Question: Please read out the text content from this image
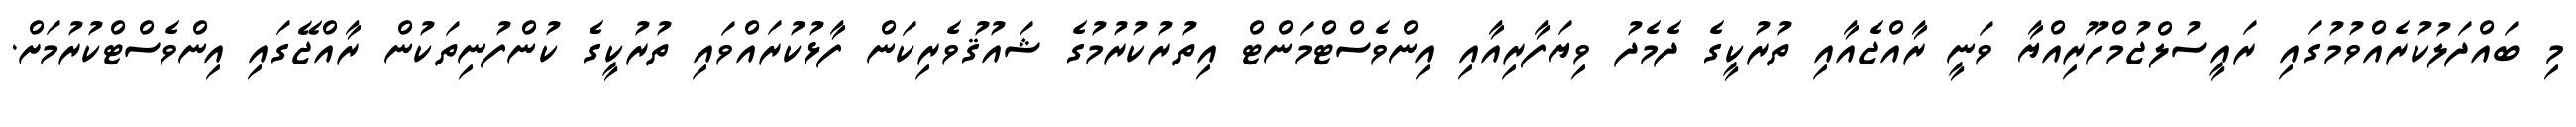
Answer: މި ބައްދަލުކުރެއްވުމުގައި ރައީސުލްޖުމްހޫރިއްޔާ ވަނީ ރާއްޖެއާއި ތުރުކީގެ ދެމެދު ވިޔަފާރިއާއި އިންވެސްޓްމަންޓް އިތުރުކުރުމުގެ ޝައުޤުވެރިކަން ފާޅުކުރައްވައި ތުރުކީގެ ކުންފުނިތަކުން ރާއްޖޭގައި އިންވެސްޓްކުރުމަށް.